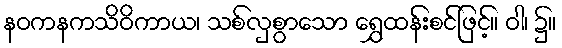
နဝကနကသိဝိကာယ၊ သစ်လှစွာသော ရွှေထန်းစင်ဖြင့်။ ဝါ၊ ၌။